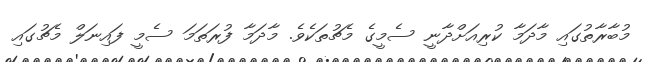
މުބާރާތުގައި މާދަމާ ކުރިއަށްދާނީ ސެމީގެ މެޗުތަކެވެ. މާދަމާ ފުރަތަމަ ސެމީ ފައިނަލް މެޗުގައި